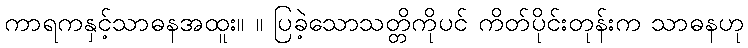
ကာရကနှင့်သာဓနအထူး။ ။ ပြခဲ့သောသတ္တိကိုပင် ကိတ်ပိုင်းတုန်းက သာဓနဟု